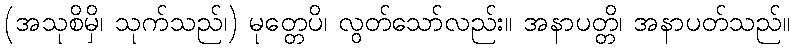
(အသုစိမှိ၊ သုက်သည်၊) မုတ္တေပိ၊ လွတ်သော်လည်း။ အနာပတ္တိ၊ အနာပတ်သည်။